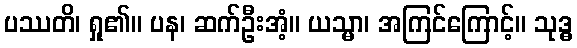
ပဿတိ၊ ရှု၏။ ပန၊ ဆက်ဦးအံ့။ ယသ္မာ၊ အကြင်ကြောင့်။ သုဒ္ဓ